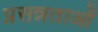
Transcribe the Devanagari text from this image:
प्रसन्नताओं